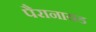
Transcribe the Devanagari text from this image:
पैरानायड